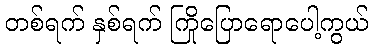
တစ်ရက် နှစ်ရက် ကြိုပြောရောပေါ့ကွယ်